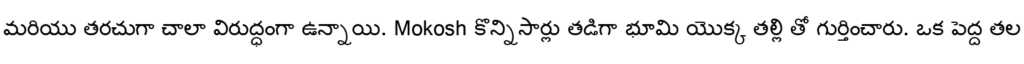
మరియు తరచుగా చాలా విరుద్ధంగా ఉన్నాయి. Mokosh కొన్నిసార్లు తడిగా భూమి యొక్క తల్లి తో గుర్తించారు. ఒక పెద్ద తల